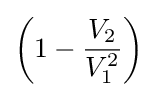
\left(1-{\frac {V_{2}}{V_{1}^{2}}}\right)